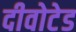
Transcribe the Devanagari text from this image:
दीवोटेड